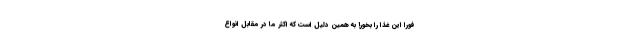
فوراً این غذا را بخور! به همین دلیل است که اکثر ما در مقابل انواع